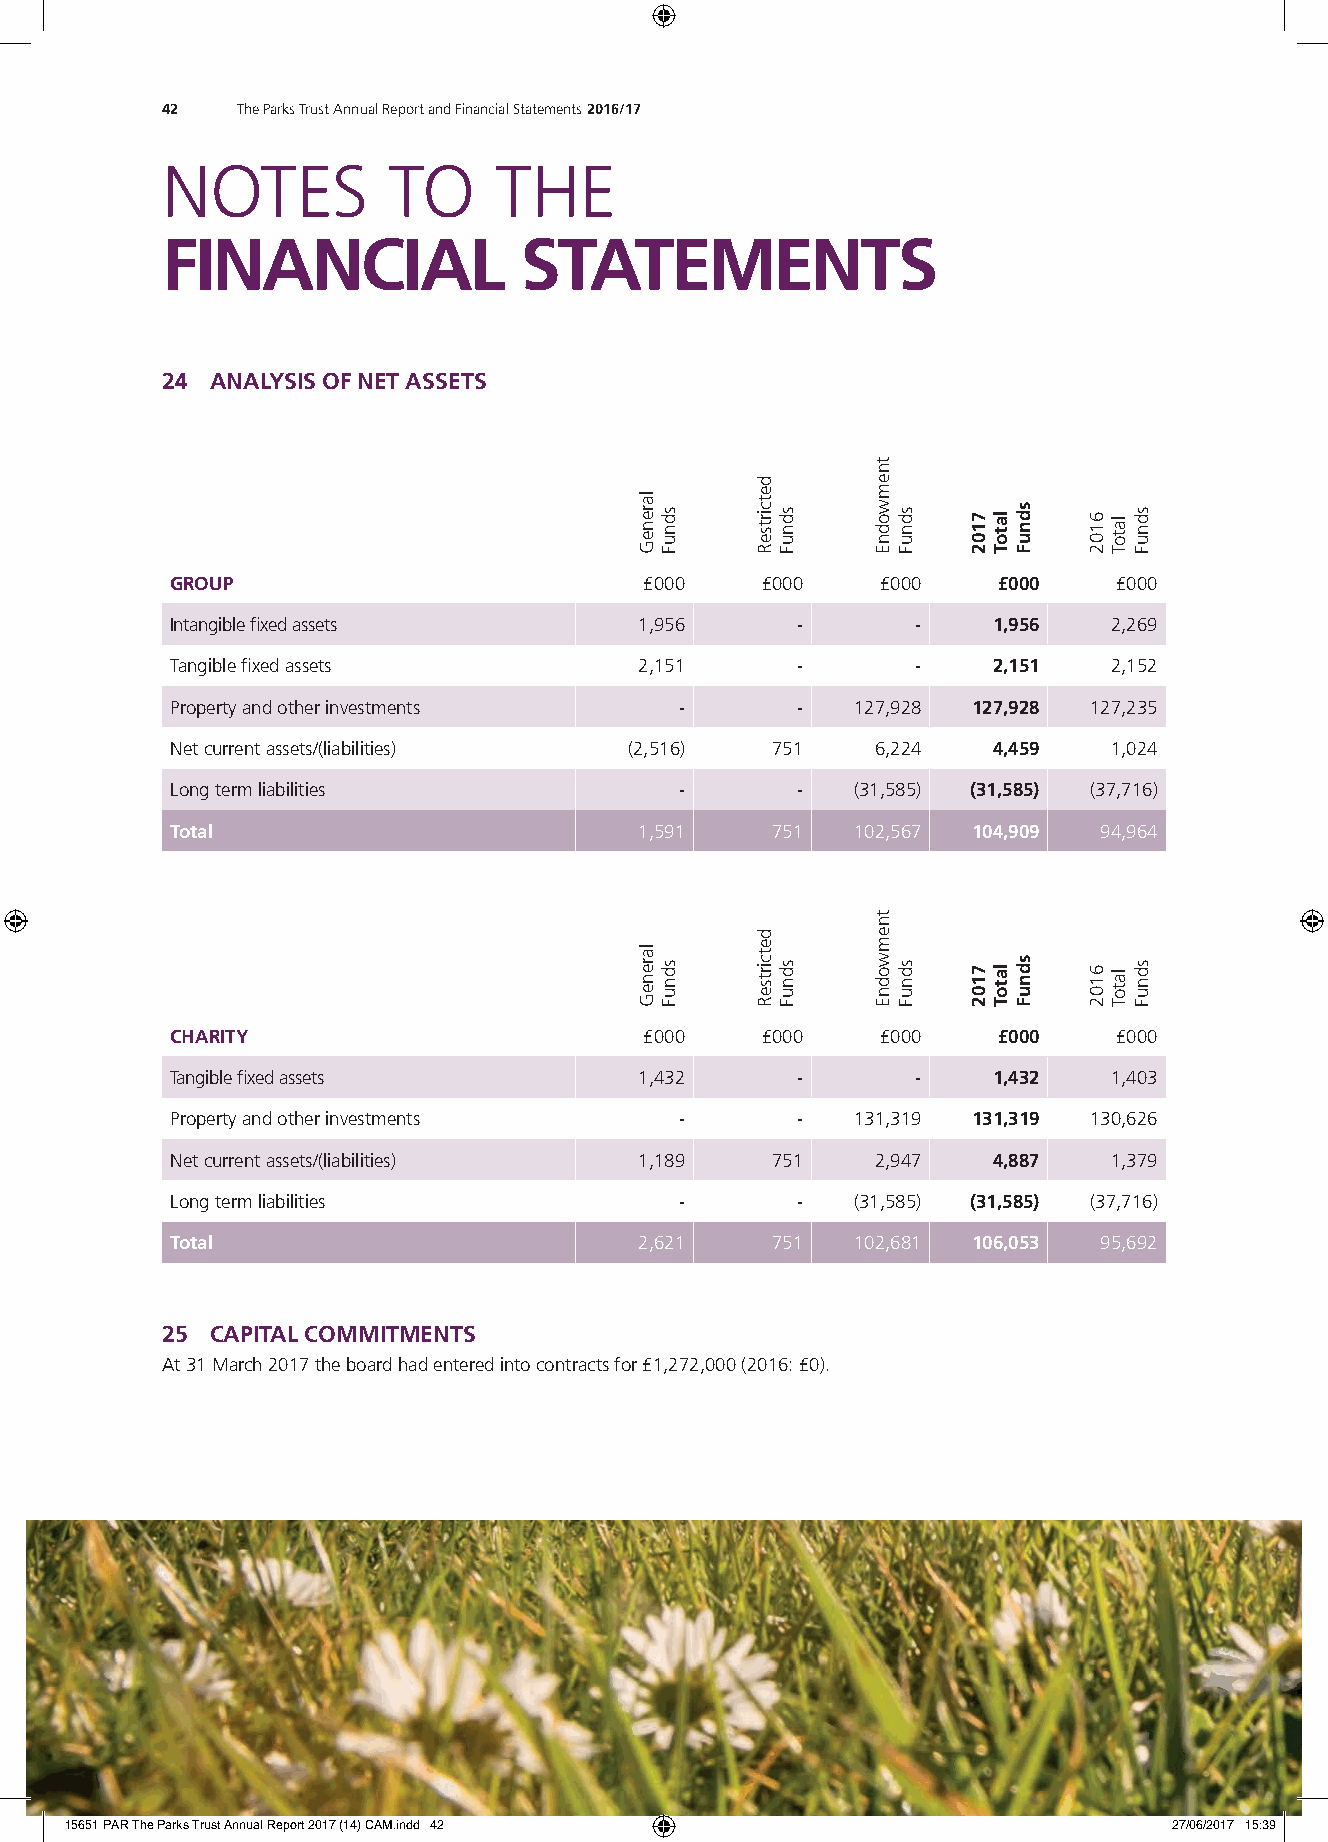
42   The Parks Trust Annual Report and Financial Statements 2016/17
 NOTES          TO     THE
 FINANCIAL              STATEMENTS
 24 ANALYSIS OF NET ASSETS
 GROUP                           £000   £000    £000    £000    £000
 Intangible fixed assets        1,956      -       -    1,956   2,269
 Tangible fixed assets          2,151      -       -    2,151   2,152
 Property and other investments    -       -   127,928 127,928 127,235
 Net current assets/(liabilities) (2,516) 751   6,224   4,459   1,024
 Long term liabilities             -       -   (31,585) (31,585) (37,716)
 Total                          1,591    751   102,567 104,909 94,964
 CHARITY                         £000   £000    £000    £000    £000
 Tangible fixed assets          1,432      -       -    1,432   1,403
 Property and other investments    -       -   131,319 131,319 130,626
 Net current assets/(liabilities) 1,189  751    2,947   4,887   1,379
 Long term liabilities             -       -   (31,585) (31,585) (37,716)
 Total                          2,621    751   102,681 106,053 95,692
 25 CAPITAL COMMITMENTS
 At 31 March 2017 the board had entered into contracts for £1,272,000 (2016: £0).
 15651 PAR The Parks Trust Annual Report 2017 (14) CAM.indd 42             27/06/2017 15:39
 lareneG
 lareneG
 sdnuF
 sdnuF
 detcirtseR
 detcirtseR
 sdnuF
 sdnuF
 tnemwodnE
 tnemwodnE
 sdnuF
 sdnuF
 7102
 7102
 latoT
 latoT
 sdnuF
 sdnuF
 6102
 6102
 latoT
 latoT
 sdnuF
 sdnuF